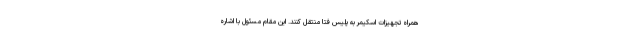
همراه تجهیزات اسکیمر به پلیس فتا منتقل کنند. این مقام مسئول با اشاره